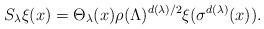
LaTeX: \begin{align*} S_\lambda \xi(x)=\Theta_\lambda(x) \rho(\Lambda)^{d(\lambda)/2}\xi(\sigma^{d(\lambda)}(x)). \end{align*}